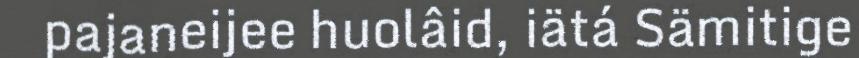
pajaneijee huolâid, iätá Sämitige